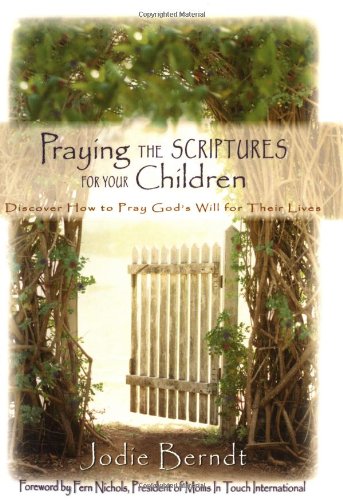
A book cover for Praying the Scriptures for Your Children; Jodie Berndt; Christian Books & Bibles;